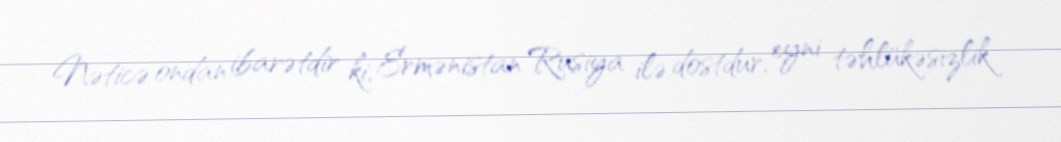
Nəticə ondan ibarətdir ki, Ermənistan Rusiya ilə dostdur, eyni təhlükəsizlik